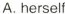
A. herself